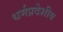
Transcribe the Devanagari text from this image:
धर्मप्रदेशीय